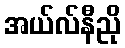
အယ်လ်နီညို